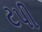
ટપી